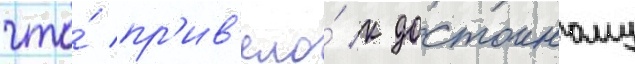
что́ пр'ив'ело́ к достоиному